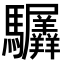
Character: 𬳲